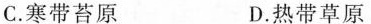
C.寒带苔原 D.热带草原